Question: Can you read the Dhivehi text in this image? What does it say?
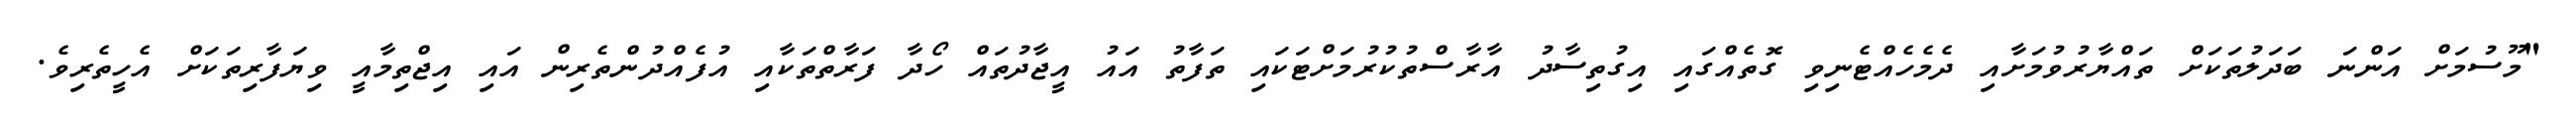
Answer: "މޫސުމަށް އަންނަ ބަދަލުތަކަށް ތައްޔާރުވުމަށާއި ދެމެހެއްޓެނިވި ގޮތެއްގައި އިގުތިސާދު އާރާސްތުކުރުމަށްޓަކައި ތަފާތު އައު އީޖާދުތައް ހޯދާ ފަރާތްތަކާއި އުފެއްދުންތެރިން އައި އިޖްތިމާއީ ވިޔަފާރިތަކަށް އެހީތެރިވެ.